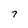
Character: 7